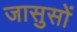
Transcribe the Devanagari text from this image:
जासुसों